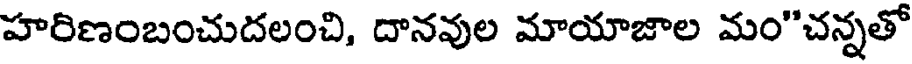
హరిణంబంచుదలంచి, దానవుల మాయాజాల మం"చన్నతో